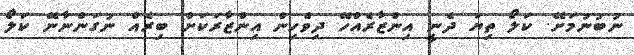
ނުބުނުމަށޭ. ކަލޯ ތިޔަ ދެނީ އިންޒާރެއްހޭ ދިވެހިން އިންޒާރަކަށް ބިރެއް ނުގަންނާނޭ ކަލޯ